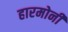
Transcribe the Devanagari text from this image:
हारमोनी